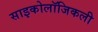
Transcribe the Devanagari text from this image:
साइकोलॉजिकली